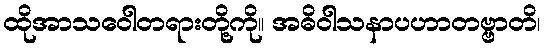
ထိုအာသဝေါတရားတို့ကို။ အဓိဝါသနာပဟာတဗ္ဗာတိ၊